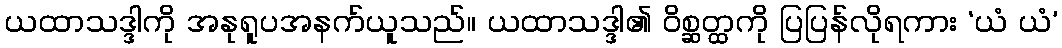
ယထာသဒ္ဒါကို အနုရူပအနက်ယူသည်။ ယထာသဒ္ဒါ၏ ဝိစ္ဆတ္ထကို ပြပြန်လိုရကား ‘ယံ ယံ’